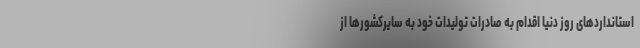
استانداردهای روز دنیا اقدام به صادرات تولیدات خود به سایرکشورها از